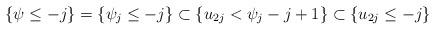
LaTeX: \begin{align*}\{\psi\leq -j\}=\{\psi_j\leq -j\}\subset \{u_{2j}<\psi_j-j+1\}\subset \{u_{2j}\leq -j\}\end{align*}